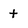
Character: t